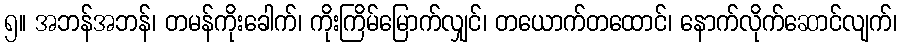
၅။ အဘန်အဘန်၊ တမန်ကိုးခေါက်၊ ကိုးကြိမ်မြောက်လျှင်၊ တယောက်တထောင်၊ နောက်လိုက်ဆောင်လျက်၊